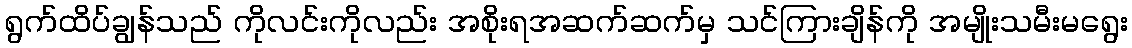
ရွက်ထိပ်ချွန်သည် ကိုလင်းကိုလည်း အစိုးရအဆက်ဆက်မှ သင်ကြားချိန်ကို အမျိုးသမီးမရွေး